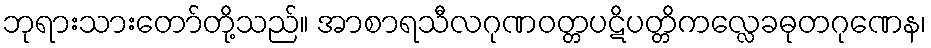
ဘုရားသားတော်တို့သည်။ အာစာရသီလဂုဏဝတ္တပဋိပတ္တိကလ္လေခဓုတဂုဏေန၊